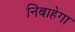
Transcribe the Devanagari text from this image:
निबाहेगा